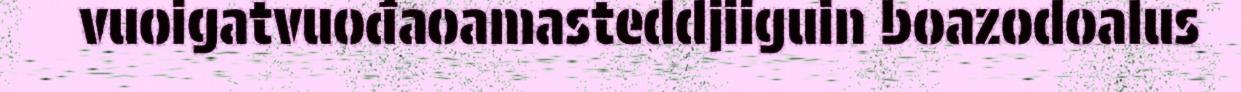
vuoigatvuođaoamasteddjiiguin boazodoalus